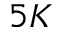
5 K